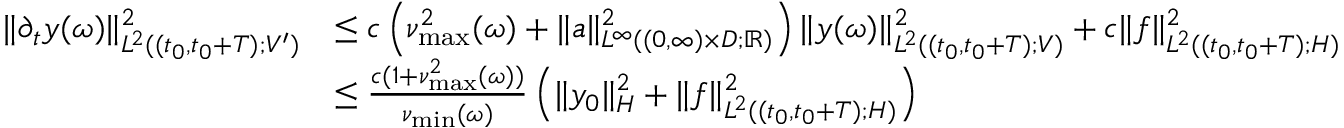
\begin{array} { r l } { \| \partial _ { t } y ( \omega ) \| _ { L ^ { 2 } ( ( t _ { 0 } , t _ { 0 } + T ) ; V ^ { \prime } ) } ^ { 2 } } & { \leq c \left( \nu _ { \operatorname* { m a x } } ^ { 2 } ( \omega ) + \| a \| _ { L ^ { \infty } ( ( 0 , \infty ) \times D ; \mathbb { R } ) } ^ { 2 } \right) \| y ( \omega ) \| _ { L ^ { 2 } ( ( t _ { 0 } , t _ { 0 } + T ) ; V ) } ^ { 2 } + c \| f \| _ { L ^ { 2 } ( ( t _ { 0 } , t _ { 0 } + T ) ; H ) } ^ { 2 } } \\ & { \leq \frac { c ( 1 + \nu _ { \operatorname* { m a x } } ^ { 2 } ( \omega ) ) } { \nu _ { \operatorname* { m i n } } ( \omega ) } \left( \| y _ { 0 } \| _ { H } ^ { 2 } + \| f \| _ { L ^ { 2 } ( ( t _ { 0 } , t _ { 0 } + T ) ; H ) } ^ { 2 } \right) } \end{array}